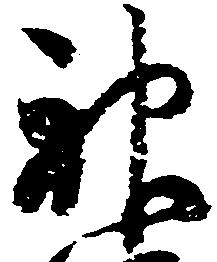
神